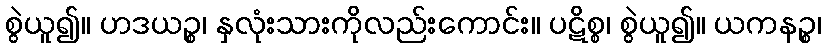
စွဲယူ၍။ ဟဒယဉ္စ၊ နှလုံးသားကိုလည်းကောင်း။ ပဋိစ္စ၊ စွဲယူ၍။ ယကနဉ္စ၊